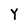
Character: Y